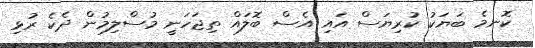
ކޮނމެ ބަޔަކު ކުރިޔަސް އައި އެސް ބޮލައް ތިޖަހަނީ މުސްލިމުން ދެކެ ރުޅި